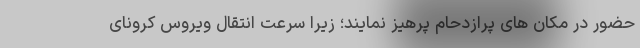
حضور در مکان های پرازدحام پرهیز نمایند؛ زیرا سرعت انتقال ویروس کرونای